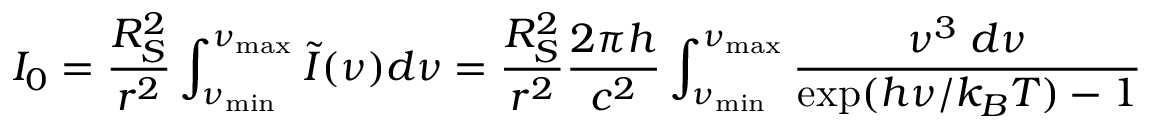
I _ { 0 } = \frac { R _ { S } ^ { 2 } } { r ^ { 2 } } \int _ { \nu _ { \mathrm { m i n } } } ^ { \nu _ { \mathrm { m a x } } } \tilde { I } ( \nu ) d \nu = \frac { R _ { S } ^ { 2 } } { r ^ { 2 } } \frac { 2 \pi h } { c ^ { 2 } } \int _ { \nu _ { \mathrm { m i n } } } ^ { \nu _ { \mathrm { m a x } } } \frac { \nu ^ { 3 } \; d \nu } { \exp ( h \nu / k _ { B } T ) - 1 }